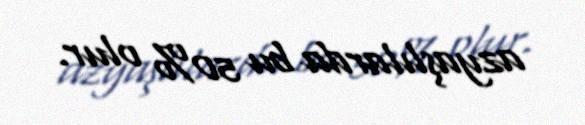
azyaşlılarda bu 50% olur.